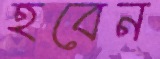
হবেন